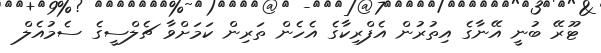
ޓޫރޭ ބުނީ އޭނާގެ އިތުރުން އެފްރިކާގެ އެހެން ތަރިން ކަމަށްވާ ޗެލްސީގެ ސެމުއެލް